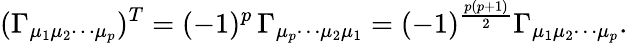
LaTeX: (\Gamma_{\mu_{1}\mu_{2}\cdots\mu_{p}})^{T}=(-1)^{p}\, \Gamma_{\mu_{p}\cdots\mu_{2}\mu_{1}}=(-1)^{\frac{p(p+1)}{2}}\Gamma_{\mu_{1}\mu_{2}\cdots\mu_{p}}.